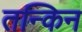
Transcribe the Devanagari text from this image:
तन्किन